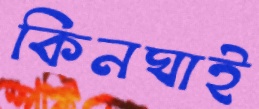
কিনঘাই